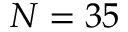
N = 3 5